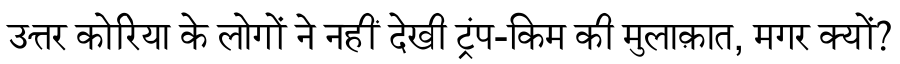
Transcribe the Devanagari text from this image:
उत्तर कोरिया के लोगों ने नहीं देखी ट्रंप-किम की मुलाक़ात, मगर क्यों?